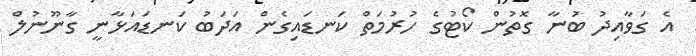
އެ ގަވާއިދު ބުނާ ގޮތުން ކޯޓުގެ ހުރުމަތް ކަނޑައިގެން އަދަބު ކަނޑައަޅާނީ ގާނޫނުލް